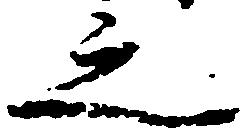
之